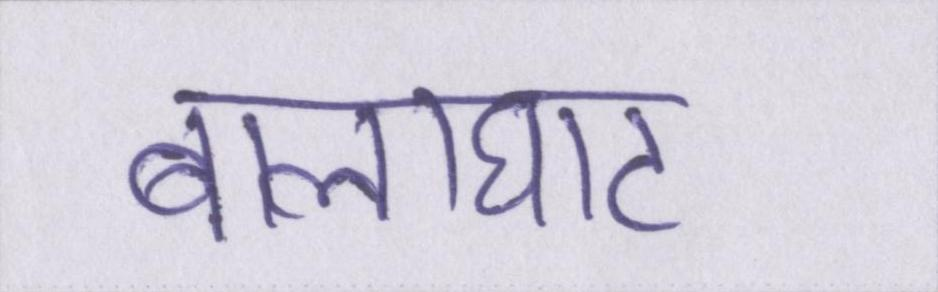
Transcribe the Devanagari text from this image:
बालाघाट